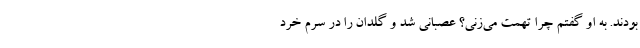
بودند. به او گفتم چرا تهمت می‌زنی؟‌ عصبانی شد و گلدان را در سرم خرد